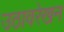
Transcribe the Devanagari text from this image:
उठावरेखन